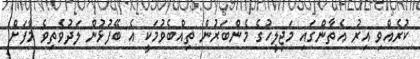
ކުރެއްވި އިރު އެތާންގައި މަޖިލީހުގެ މެންބަރުން ތިއްބެވުމަކީ އެ ބޭފުޅުން ލަދުވެތިވެ މާފަށް